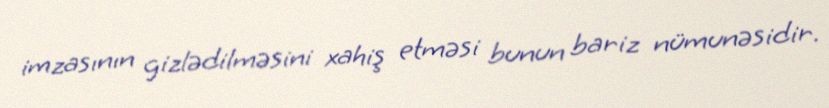
imzasının gizlədilməsini xahiş etməsi bunun bariz nümunəsidir.